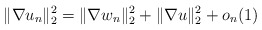
\begin{align*}\| \nabla u_n\|^2_2=\| \nabla w_n\|^2_2+\| \nabla u\|^2_2+o_n(1)\end{align*}